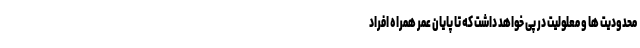
محدودیت ها و معلولیت در پی خواهد داشت که تا پایان عمر همراه افراد